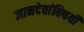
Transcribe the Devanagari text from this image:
ज्ञानदेवांविषयी